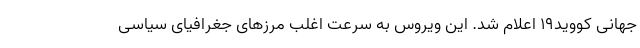
جهانی کووید19 اعلام شد. این ویروس به سرعت اغلب مرزهای جغرافیای سیاسی